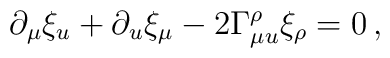
\partial_{\mu} \xi_{u} + \partial_{u} \xi_{\mu} - 2 \Gamma_{\mu u}^{\rho}\xi_{\rho} =0\,,